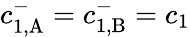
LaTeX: c_{1,\mathrm{A}}^{-}=c_{1,\mathrm{B}}^{-}=c_{1}